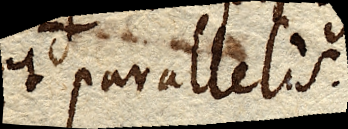
et parallelis.